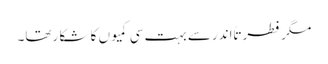
مگر فطرتاً اندرسے بہت سی کمیوں کا شکا رتھا۔